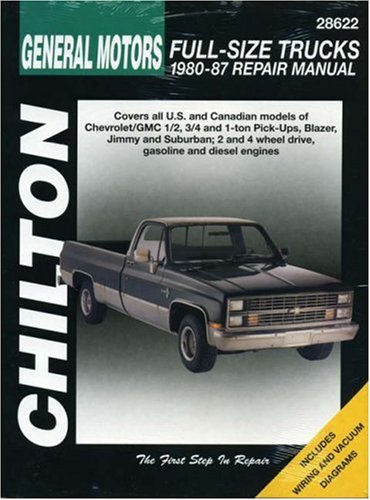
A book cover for GM Full-Size Trucks, 1980-87 (Chilton Total Car Care Series Manuals); Chilton; Engineering & Transportation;